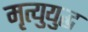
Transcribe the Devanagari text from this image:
मृत्युयुद्ध